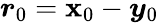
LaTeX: \boldsymbol{r}_{0}=\boldsymbol{\mathbf{x}}_{0}-\boldsymbol{y}_{0}